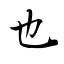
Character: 也